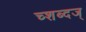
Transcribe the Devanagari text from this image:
च्शब्दज्